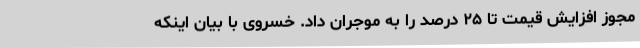
مجوز افزایش قیمت تا ۲۵ درصد را به موجران داد. خسروی با بیان اینکه